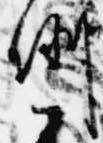
例